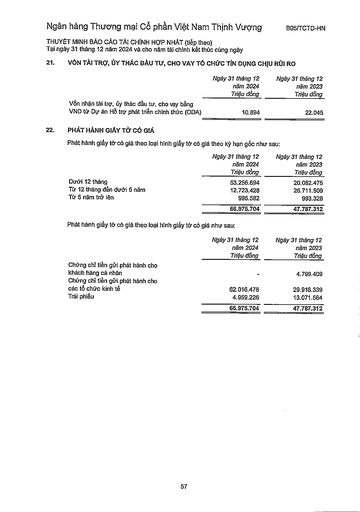
||Ngày 31 tháng 12 năm 2024 Triệu đồng|Ngày 31 tháng 12 năm 2023 Triệu đồng| |---|---|---| |Vốn nhận tài trợ, ủy thác đầu tư, cho vay bằng VND từ Dự án Hỗ trợ phát triển chính thức (ODA)|10.894|22.045| ||Ngày 31 tháng 12 năm 2024 Triệu đồng|Ngày 31 tháng 12 năm 2023 Triệu đồng| |---|---|---| |Dưới 12 tháng|53.256.694|20.082.475| |Tiếp 12 tháng đến dưới 5 năm|12.723.428|26.711.509| |Từ 5 năm trở lên|995.582|993.328| ||66.975.704|47.787.312| ||Ngày 31 tháng 12 năm 2024 Triệu đồng|Ngày 31 tháng 12 năm 2023 Triệu đồng| |---|---|---| |Chứng chỉ tiền gửi phát hành cho khách hàng cá nhân|-|4.799.409| |Chứng chỉ tiền gửi phát hành cho các tổ chức kinh tế|62.016.478|29.916.339| |Trái phiếu|4.959.226|13.071.564| ||66.975.704|47.787.312|